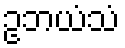
ဥဘယံသံ